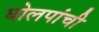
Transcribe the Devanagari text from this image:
घोलपांची